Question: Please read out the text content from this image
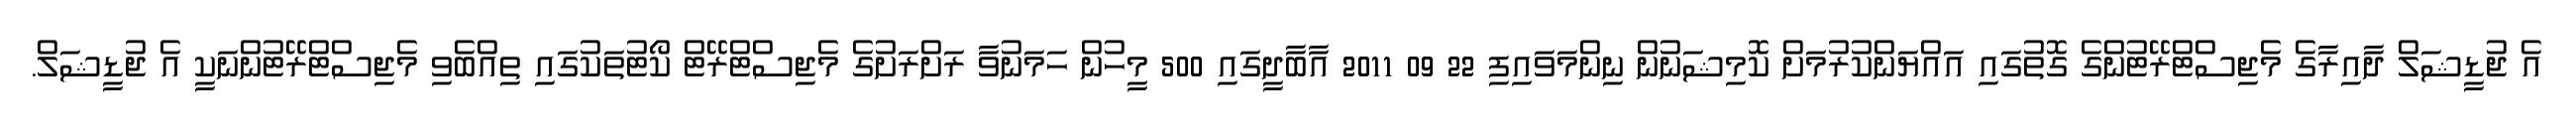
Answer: އެ ޖުޑީޝަލް ދާއިރާގެ މެޖިސްޓްރޭޓުންގެ ގޮތުގައި އައްޔަންކުރުމަށް ކޮމިޝަނުން ނިންމަވައިފި 22 09 2011 އާބާދީގައި 500 މީހުން ހަމަނުވާ ރަށްރަށުގެ މެޖިސްޓްރޭޓް ކޯޓުތަކުގައި ތިއްބެވި މެޖިސްޓްރޭޓުންނަކީ އެ ޖުޑީޝަލް.